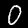
Label: 0